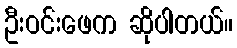
ဦးဝင်းဖေက ဆိုပါတယ်။